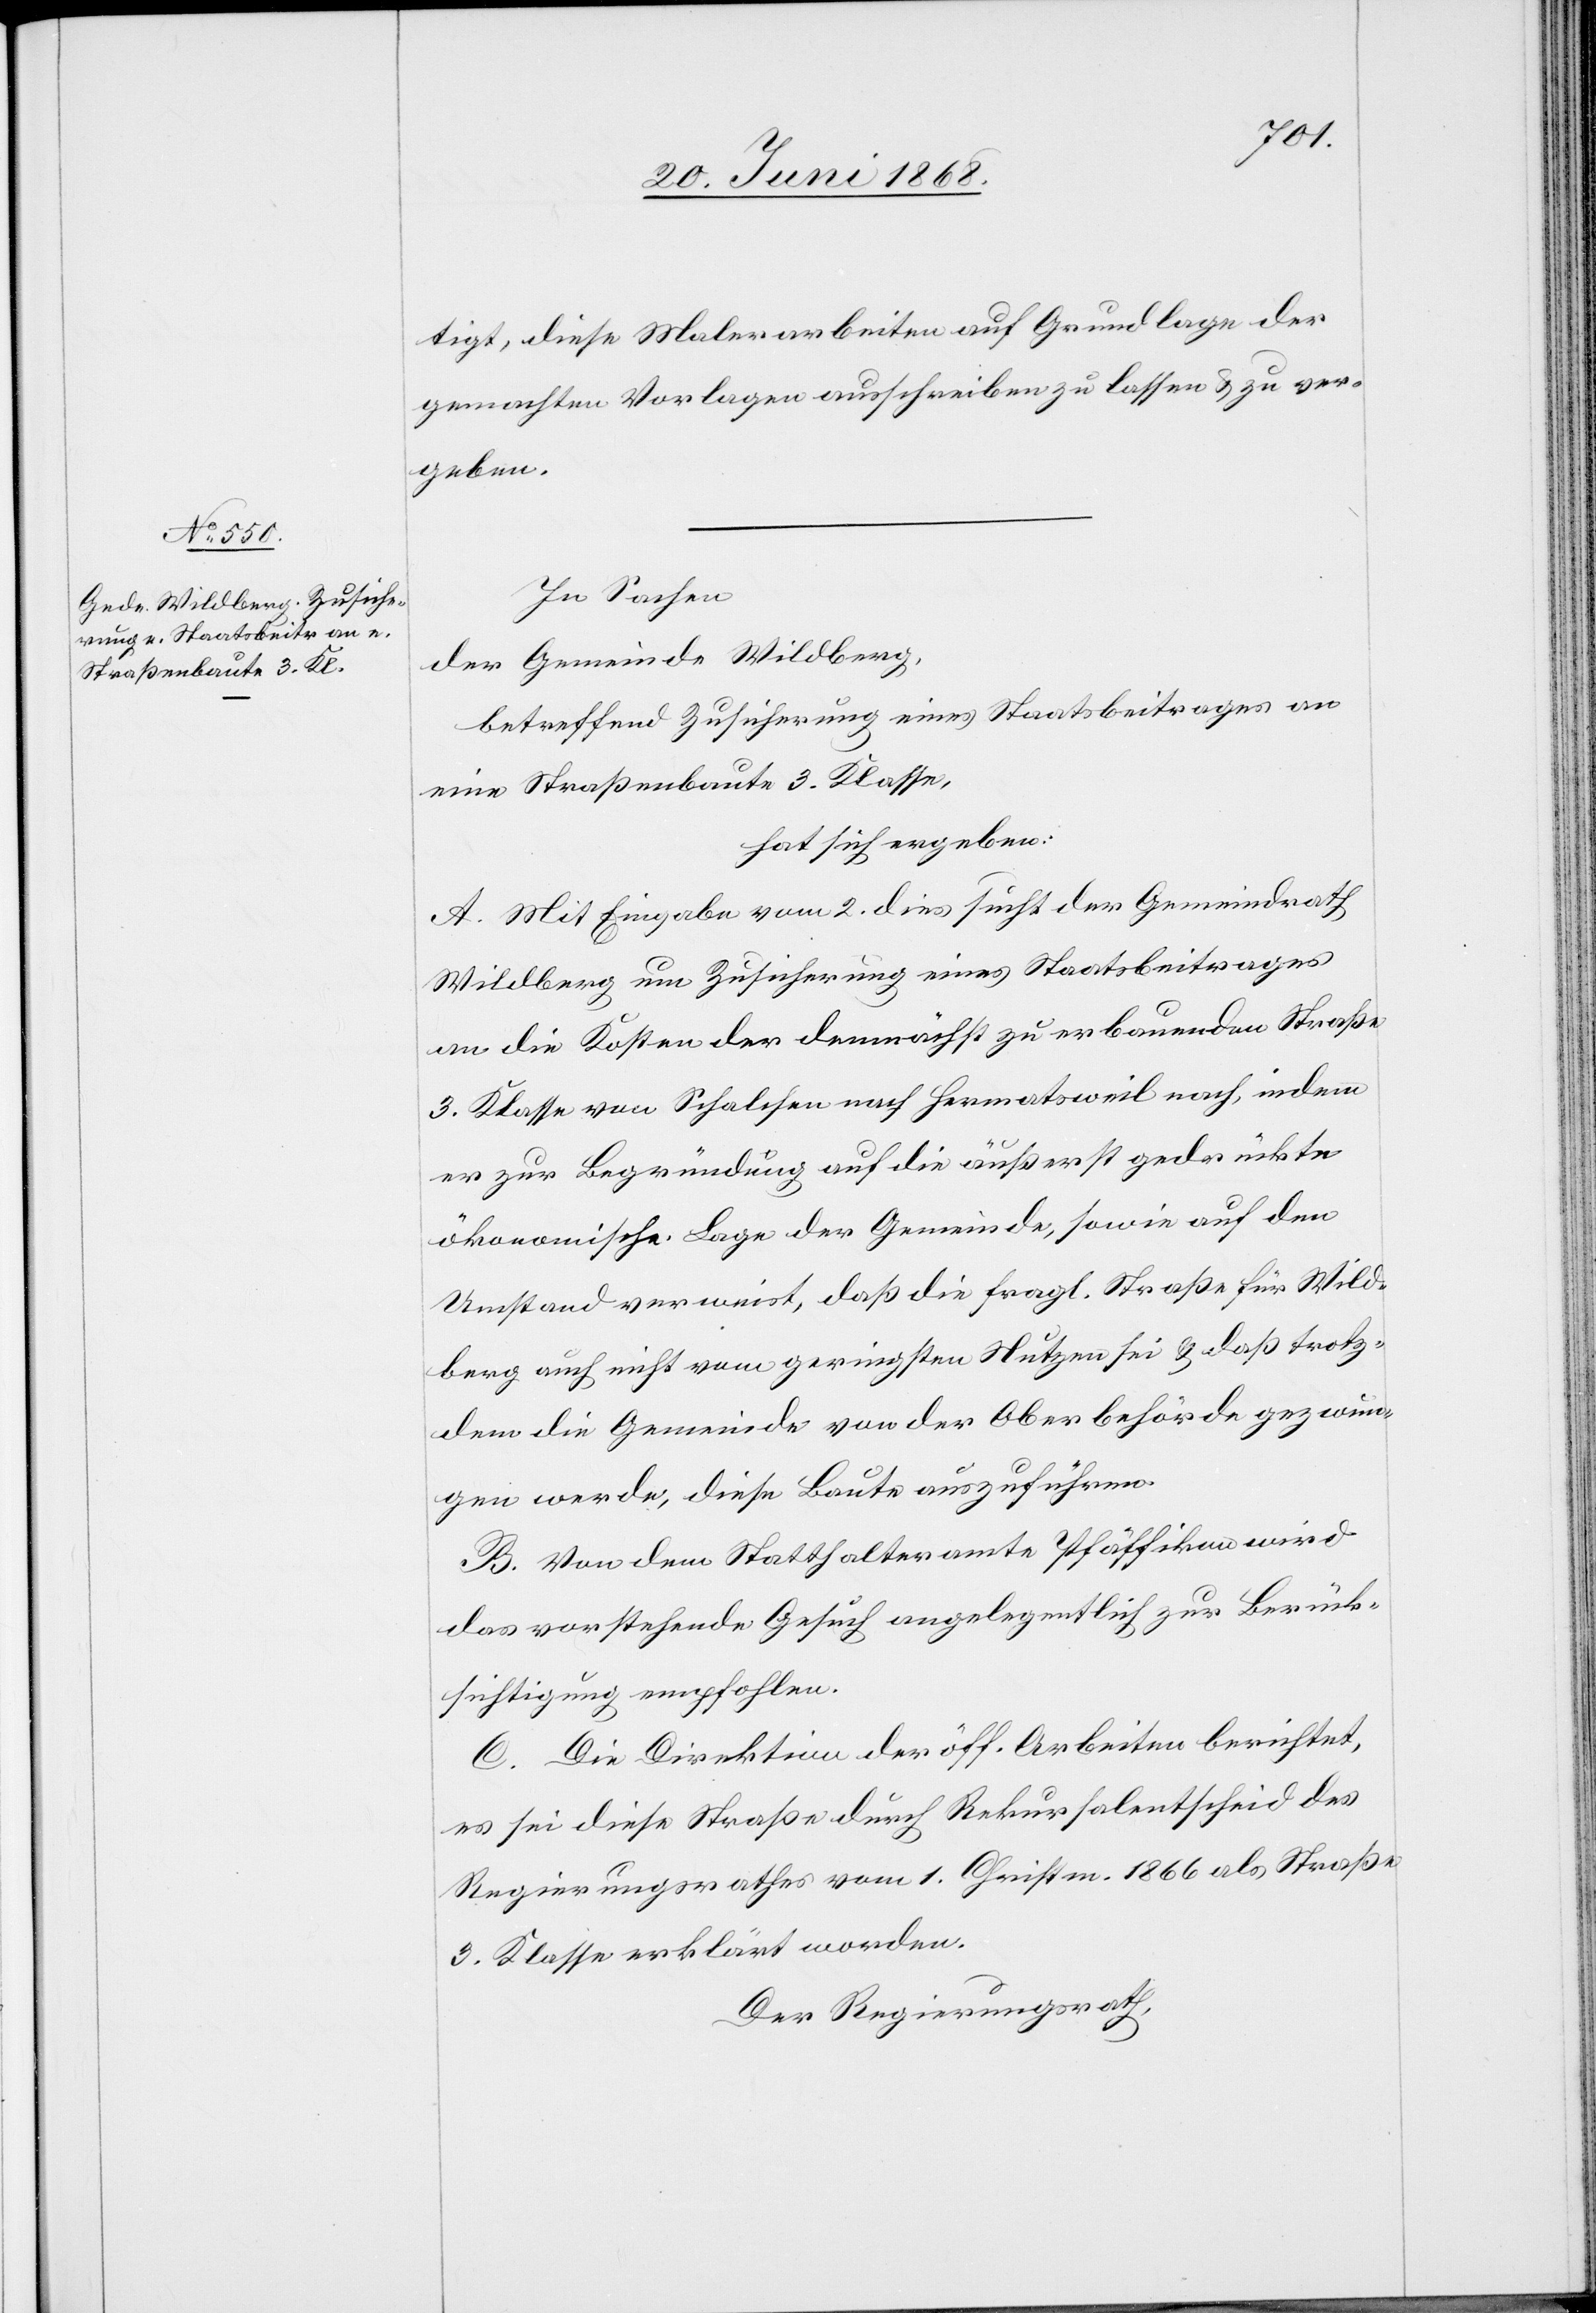
tigt, diese Malerarbeiten auf Grundlage der
gemachten Vorlagen ausschreiben zu lassen & zu ver¬
geben.
In Sachen
der Gemeinde Wildberg,
betreffend Zusicherung eines Staatsbeitrages an
eine Straßenbaute 3. Klasse,
hat sich ergeben:
A. Mit Eingabe vom 2. dies sucht der Gemeindrath
Wildberg um Zusicherung eines Staatsbeitrages
an die Kosten der demnächst zu erbauenden Straße
3. Klasse von Schalchen nach Hermatsweil nach, indem
er zur Begründung auf die äußerst gedrückte
ökonomische Lage der Gemeinde, sowie auf den
Umstand verweist, daß die fragl. Straße für Wild¬
berg auch nicht vom geringsten Nutzen sei & daß trotz¬
dem die Gemeinde von der Oberbehörde gezwun¬
gen werde, diese Baute auszuführen.
B. Von dem Statthalteramte Pfäffikon wird
das vorstehende Gesuch angelegentlich zur Berück¬
sichtigung empfohlen.
C. Die Direktion der öff. Arbeiten berichtet,
es sei diese Straße durch Rekursalentscheid des
Regierungsrathes vom 1. Christm. 1866 als Straße
3. Klasse erklärt worden.
Der Regierungsrath,